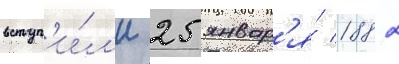
вступ'и́л'и 25 январ'я́ 1882